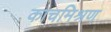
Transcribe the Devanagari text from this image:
काचमिश्रण